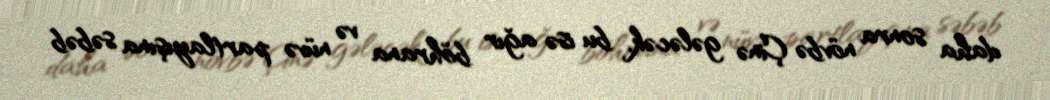
daha sonra növbə Çinə gələcək, bu isə ağır böhrana və nüvə partlayışına səbəb